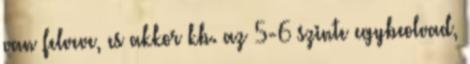
van felveve, es akkor kb. az 5-6 szinte egybeolvad,